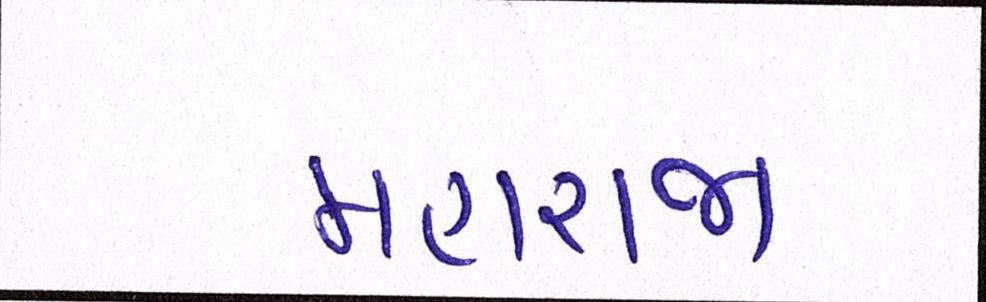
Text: મહારાજા